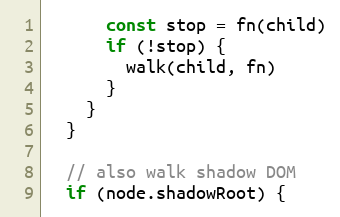
Language: JavaScript
      const stop = fn(child)
      if (!stop) {
        walk(child, fn)
      }
    }
  }

  // also walk shadow DOM
  if (node.shadowRoot) {